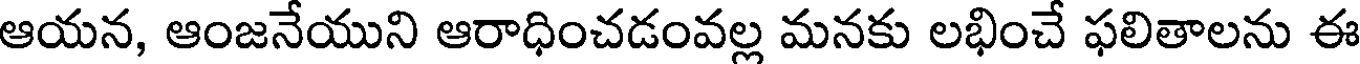
ఆయన, ఆంజనేయుని ఆరాధించడంవల్ల మనకు లభించే ఫలితాలను ఈ